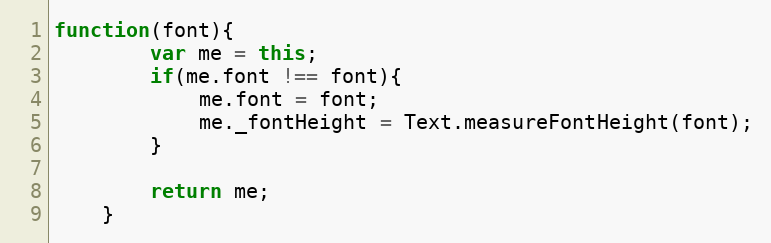
Language: JavaScript
function(font){
        var me = this;
        if(me.font !== font){
            me.font = font;
            me._fontHeight = Text.measureFontHeight(font);
        }

        return me;
    }